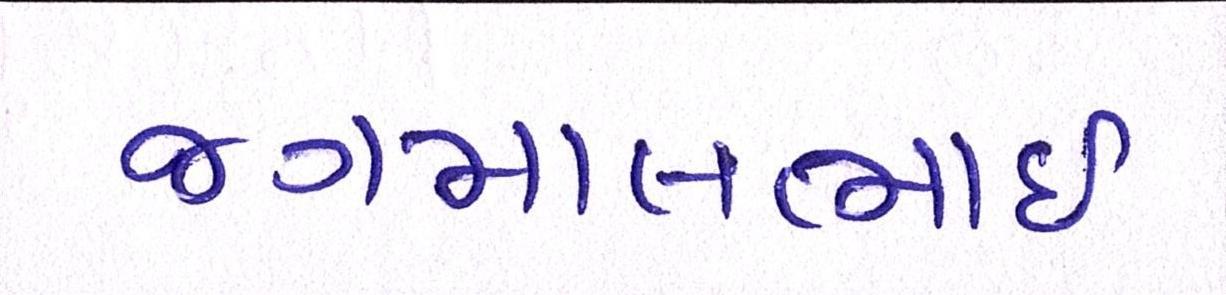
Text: જગમાલભાઇ